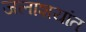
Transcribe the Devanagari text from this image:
जलाशयांत